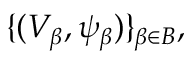
\{ ( V _ { \beta } , \psi _ { \beta } ) \} _ { \beta \in B } ,